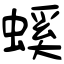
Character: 螇